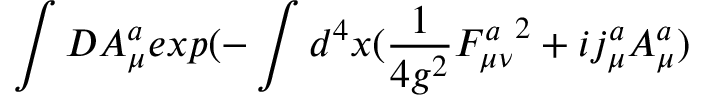
\int D A _ { \mu } ^ { a } e x p { ( - \int d ^ { 4 } x ( { \frac { 1 } { 4 g ^ { 2 } } } { F _ { \mu \nu } ^ { a } } ^ { 2 } + i j _ { \mu } ^ { a } A _ { \mu } ^ { a } ) }